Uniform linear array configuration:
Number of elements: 64
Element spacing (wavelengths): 0.5
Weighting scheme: cosine
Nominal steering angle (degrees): -30
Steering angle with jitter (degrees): -30.788
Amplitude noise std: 0.05
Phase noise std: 0.05

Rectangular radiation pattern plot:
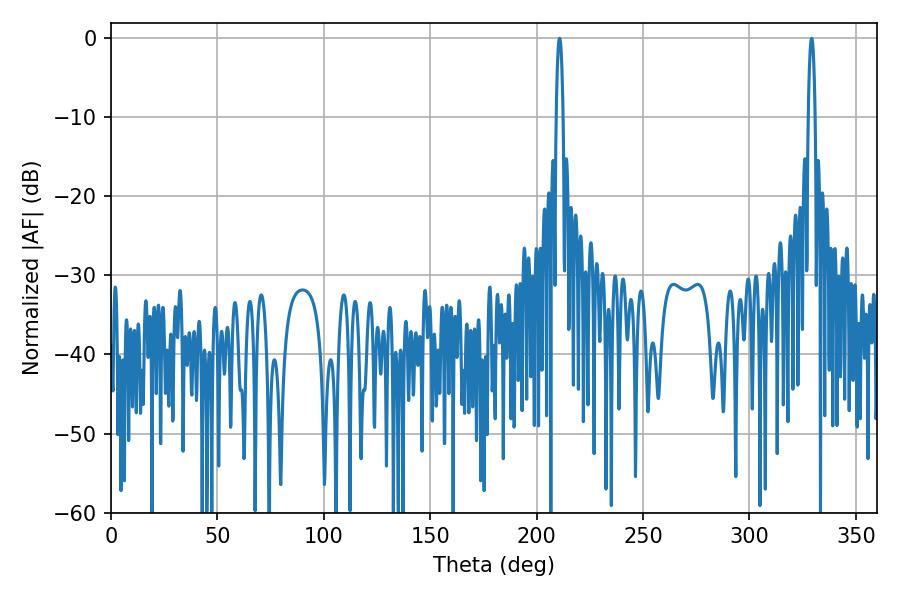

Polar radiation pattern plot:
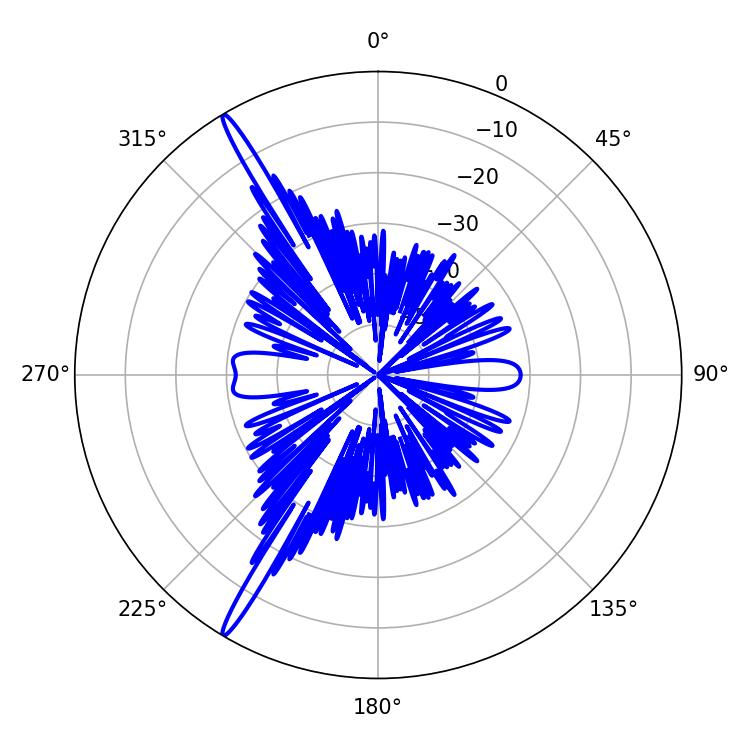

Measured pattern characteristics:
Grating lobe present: FALSE
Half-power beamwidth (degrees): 1.8
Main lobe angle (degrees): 329.22